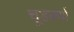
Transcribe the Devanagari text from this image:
चूडकर्ण